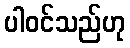
ပါဝင်သည်ဟု